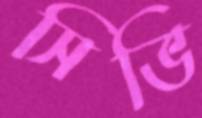
সিভি